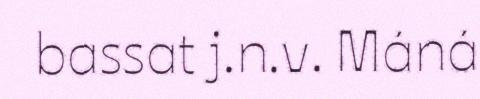
bassat j.n.v. Máná